Lunatic asylums Madras 1877-1891 - 1877-1891
Year: 1877
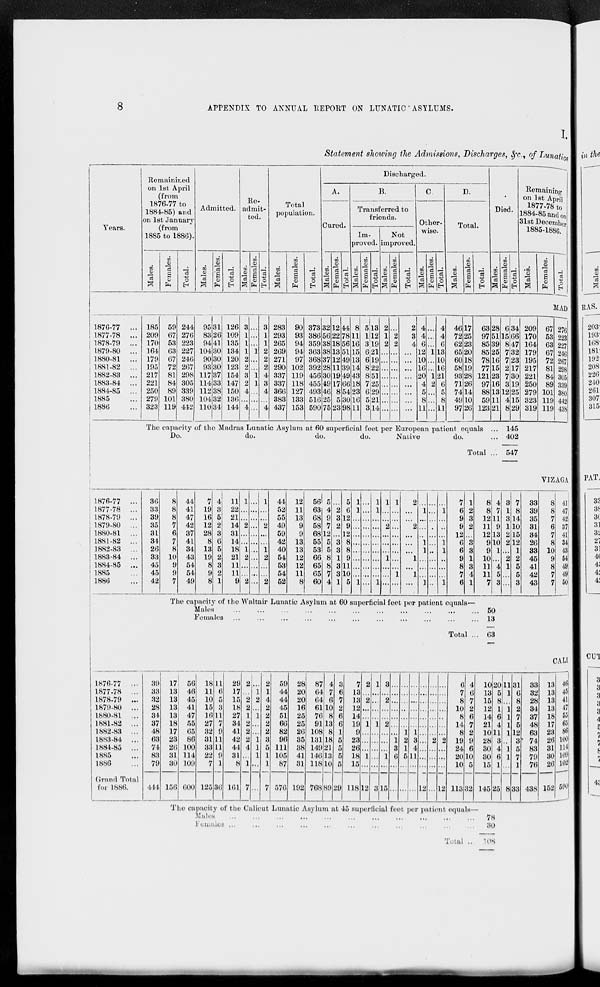
8
APPENDIX TO ANNUAL REPORT ON LUNATIC ASYLUMS.
I.
Statement showing the Admissions, Discharges, &c., of Lunatics
Years.
1876-77 ...
1877-78 ...
1878-79 ...
1879-80 ...
1880-81 ...
1881-82 ...
1882-83 ...
1883-84 ...
1884-85 ...
1885 ...
1886 ...
1876-77 ...
1877-78 ...
1878-79 ...
1879-80 ...
1880-81 ...
1881-82 ...
1882-83 ...
1883-84 ...
1884-85 ...
1885 ...
1886 ...
Remainined
on 1st April
(from
1876-77 to
1884-85) and
on 1st January
(from
1885 to 1886).
Males.
Females.
Total.
Admitted.
Males.
Females.
Total.
Re-
admit-
ted.
Males.
Females.
Total.
Total
population.
Males.
Females.
Total.
Discharged.
A.
Cured.
Males.
Females.
Total.
B.
Transferred to
friends.
Im-
proved.
Males.
Females.
Total.
Not
improved.
Males.
Females.
Total.
C.
Other-
wise.
Males.
Females.
Total.
D.
Total.
Males.
Females.
Total.
Died.
Males.
Females.
Total.
Remaining
on 1st April
1877-78 to
1884-85 and on
31st December
1885-1886.
Males.
Females.
Total.
MAD
185
209
170
164
179
195
217
221
250
279
323
59
67
53
63
67
72
81
84
89
101
119
244
276
223
227
246
267
298
305
339
380
442
95
83
94
104
90
93
117
114
112
104
110
31
26
41
30
30
30
37
33
38
32
34
126
109
135
134
120
123
154
147
150
136
144
3
1
1
1
2
2
3
2
4
...
4
...
...
...
1
...
...
1
1
...
...
...
3
1
1
2
2
2
4
3
4
...
4
283
293
265
269
271
290
337
337
366
383
437
90
93
94
94
97
102
119
118
127
133
153
373
386
359
363
368
392
456
455
493
516
590
32
56
38
38
37
28
30
49
46
25
75
12
22
18
13
12
11
19
17
8
5
23
44
78
56
51
49
39
49
66
54
30
98
8
11
16
15
13
14
43
18
23
16
11
5
1
3
6
6
8
8
7
6
5
3
13
12
19
21
19
22
51
25
29
21
14
2
1
2
...
...
...
...
...
...
...
...
...
2
2
...
...
...
...
...
...
...
...
2
3
4
...
...
...
...
...
...
...
...
4
4
6
12
10
16
20
4
5
8
11
...
...
...
1
...
...
1
2
...
...
...
4
4
6
13
10
16
21
6
5
8
11
46
72
62
65
60
58
93
71
74
49
97
17
25
23
20
18
19
28
26
14
10
26
63
97
85
85
78
77
121
97
88
59
123
28
51
39
25
16
15
23
16
13
11
21
The capacity of the Madras Lunatic Asylum at 60 superficial feet per European patient equals ...
Do.
do.
do.
do.
Native
do.
Total ...
6
15
8
7
7
2
7
3
12
4
8
34
66
47
32
23
17
30
19
25
15
29
145
402
547
209
170
164
179
195
217
221
250
279
323
319
67
53
63
67
72
81
84
89
101
119
119
276
223
227
246
267
298
305
339
380
442
438
VIZAGA
36
33
39
35
31
34
26
33
45
45
42
8
8
8
7
6
7
8
10
9
9
7
44
41
47
42
37
41
34
43
54
54
49
7
19
16
12
28
8
13
19
8
9
8
4
3
5
2
3
6
5
2
3
2
1
11
22
21
14
31
14
18
21
11
11
9
1
...
...
2
...
...
1
2
...
...
2
...
...
...
...
...
...
...
...
...
...
...
1
...
...
2
...
...
1
2
...
...
2
44
52
55
49
59
42
40
54
53
54
52
12
11
13
9
9
13
13
12
12
11
8
56
63
68
58
68
55
53
66
65
65
60
5
4
9
7
12
5
5
8
8
7
4
...
2
3
2
...
3
3
1
3
3
1
5
6
12
9
12
8
8
9
11
10
5
1
1
...
...
...
...
...
...
...
...
1
...
...
...
...
...
...
...
...
...
...
...
1
1
...
...
...
...
...
...
...
...
1
1
...
...
2
...
...
...
1
...
...
...
1
...
...
...
...
...
...
...
...
1
...
2
...
...
2
...
...
...
1
...
1
...
...
1
...
...
...
1
1
...
...
...
1
...
...
...
...
...
...
...
...
...
...
...
...
1
...
...
...
1
1
...
...
...
1
7
6
9
9
12
6
6
9
8
7
6
1
2
3
2
...
3
3
1
3
4
1
8
8
12
11
12
9
9
10
11
11
7
The capacity of the Waltair Lunatic Asylum at 60 superficial feet per patient equals—
Males ... ... ... ... ... ... ... ... ...
Females ... ... ... ... ... ... ... ... ...
Total
...
4
7
11
9
13
10
1
...
4
5
3
50
3
63
3
1
3
1
2
2
...
2
1
...
...
7
8
14
10
15
12
1
2
5
5
3
33
39
35
31
34
26
33
45
41
42
43
8
8
7
6
7
8
10
9
8
7
7
41
47
42
37
41
34
43
54
49
49
50
1876-77 ...
1877-78 ...
1878-79 ...
1879-80 ...
1880-81 ...
1881-82 ...
1882-83 ...
1883-84 ...
1884-85 ...
1885 ...
1886 ...
Grand Total
for 1886.
CALI
39
33
32
28
34
37
48
63
74
83
79
444
17
13
13
13
13
18
17
23
26
31
30
156
56
46
45
41
47
55
65
86
100
114
109
600
18
11
10
15
16
27
32
31
33
22
7
125
11
6
5
3
11
7
9
11
11
9
1
36
29
17
15
18
27
34
41
42
44
31
8
161
2
...
2
2
1
2
2
2
4
...
1
7
...
1
2
...
1
...
...
1
1
1
...
...
2
1
4
2
2
2
2
3
5
1
1
7
59
44
44
45
51
66
82
96
111
105
87
576
28
20
20
16
25
25
26
35
38
41
31
192
87
64
64
61
76
91
108
131
149
146
118
768
4
7
6
10
8
13
8
18
21
13
10
89
3
6
7
2
6
6
1
5
5
5
5
29
7
13
13
12
14
19
9
23
26
18
15
118
2
...
2
...
...
1
...
...
...
1
...
12
1
...
...
...
...
1
...
...
...
...
...
3
3
...
2
...
...
2
...
...
...
1
...
15
...
...
...
...
...
...
...
1
3
6
...
...
...
...
...
...
...
...
1
2
1
5
...
...
...
...
...
...
...
...
1
3
4
11
...
...
...
...
...
...
...
...
...
...
...
...
...
12
...
...
...
...
...
...
...
2
...
...
...
...
...
...
...
...
...
...
...
2
...
...
...
12
6
7
8
10
8
14
8
19
24
20
10
113
4
6
7
2
6
7
2
9
6
10
5
32
10
13
15
12
14
21
10
28
30
30
15
145
20
5
8
1
6
4
11
3
4
6
1
25
The capacity of the Calicut Lunatic Asylum at 45 superficial feet per patient equals—
Males ... ... ... ... ... ... ... ... ... ... ...
Females ... ... ... ... ... ... ... ... ... ... ...
Total ..
78
30
108
11
1
...
1
1
1
1
...
1
1
...
8
31
6
8
2
7
5
12
3
5
7
1
33
33
32
28
34
37
48
63
74
83
79
76
438
13
13
13
13
18
17
23
26
31
30
26
152
46
45
41
47
55
65
86
100
114
109
102
590